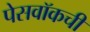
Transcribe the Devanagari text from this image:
पेसवॉकची